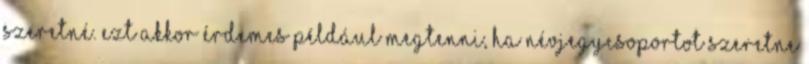
szeretné. Ezt akkor érdemes például megtenni, ha névjegycsoportot szeretne